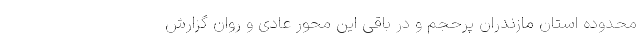
محدوده استان مازندران پرحجم و در باقی این محور عادی و روان گزارش